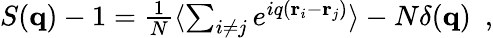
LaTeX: \begin{array}{r}{S({\mathbf q})-1=\frac{1}{N}\langle\sum_{i\neq j}e^{iq({\mathbf r}_{i}-{\mathbf r}_{j})}\rangle-N\delta({\mathbf q})~~,}\end{array}